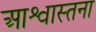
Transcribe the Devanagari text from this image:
आश्वास्तना